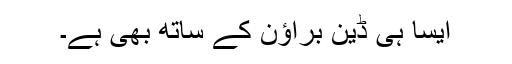
ایسا ہی ڈین براؤن کے ساتھ بھی ہے۔